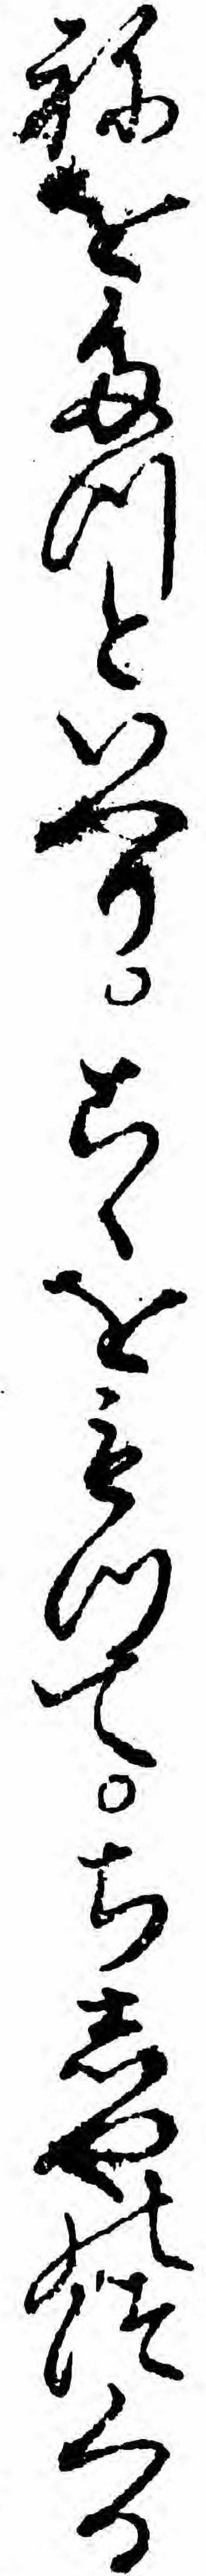
ねをたつといへりこゝをもつてちしやのつくる